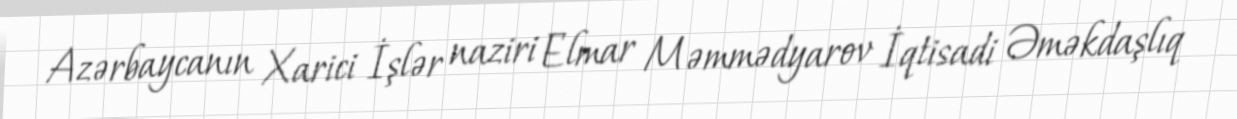
Azərbaycanın Xarici İşlər naziri Elmar Məmmədyarov İqtisadi Əməkdaşlıq